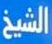
الشيخ